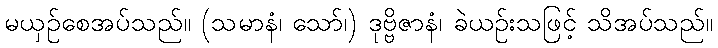
မယှဉ်စေအပ်သည်။ (သမာနံ၊ သော်၊) ဒုဗ္ဗိဇာနံ၊ ခဲယဉ်းသဖြင့် သိအပ်သည်။